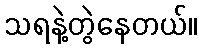
သရနဲ့တွဲနေတယ်။